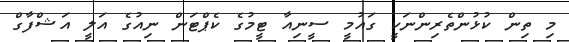
މި ތިން ކުޅުންތެރިންނަކީ ގައުމީ ސީނިއާ ޓީމުގެ ކެޕްޓަން ނިއުގެ އަލީ އަޝްފާގް